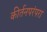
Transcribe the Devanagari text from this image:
कीर्तनपरंपरा